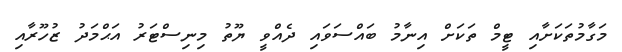
މަގާމުތަކަށާއި ޓީމް ތަކަށް އިނާމު ބައްސަވައި ދެއްވީ ޔޫތު މިނިސްޓަރު އަޙްމަދު ޒުހޫރާއި